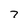
Character: 7